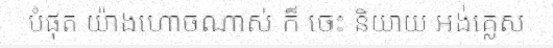
បំផុត យ៉ាងហោចណាស់ ក៏ ចេះ និយាយ អង់គ្លេស